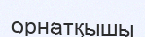
орнатқышы